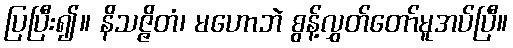
ပြပြီး၍။ နိသဇ္ဇိတံ၊ မဟောဘဲ စွန့်လွှတ်တော်မူအပ်ပြီ။